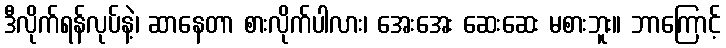
ဒီလိုက်ရန်လုပ်နဲ့၊ ဆာနေတာ စားလိုက်ပါလား၊ အေးအေး ဆေးဆေး မစားဘူး။ ဘာကြောင့်